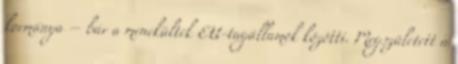
kormánya – bár a menekültek EU-tagállamok közötti. Megszületett a